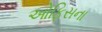
ઓફિસના